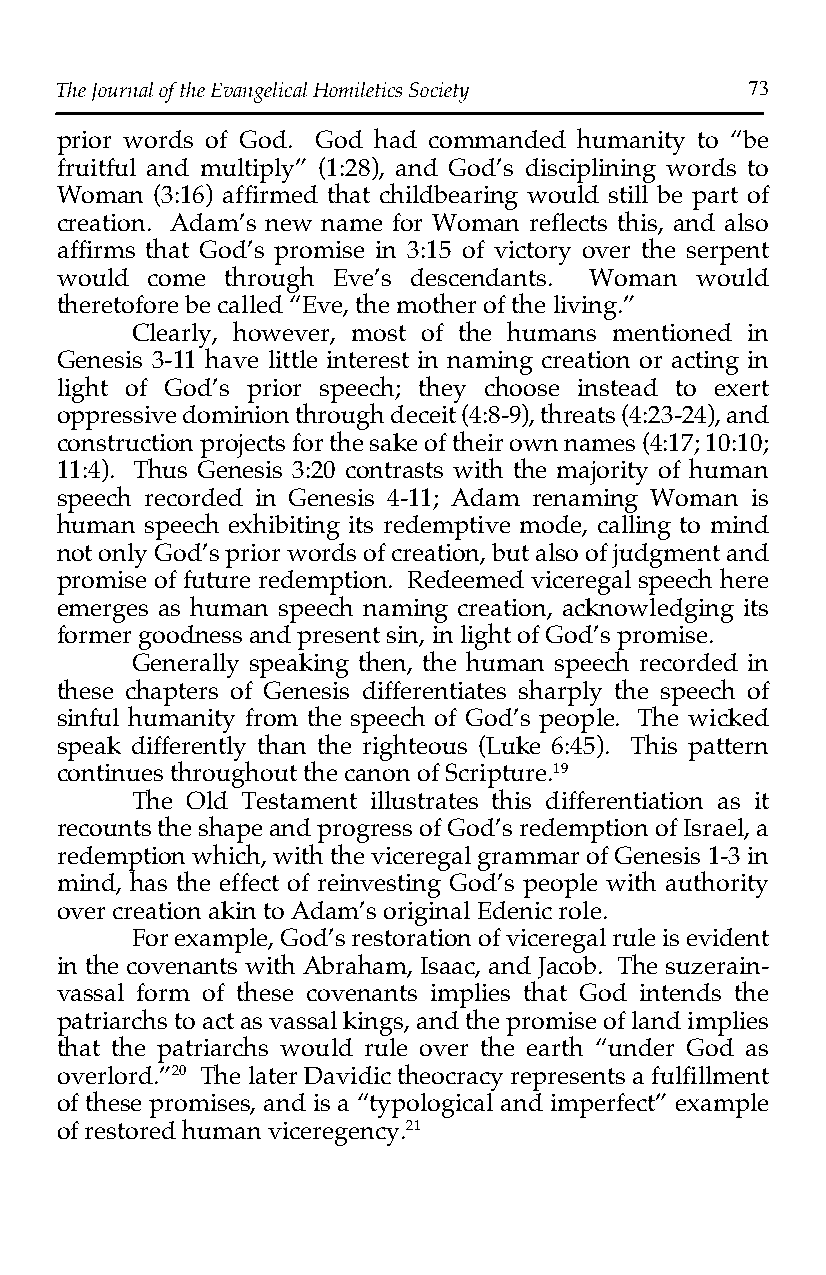
The Journal of the Evangelical Homiletics Society 73
 prior words of God. God had commanded humanity to “be
 fruitful and multiply” (1:28), and God’s disciplining words to
 Woman (3:16) affirmed that childbearing would still be part of
 creation. Adam’s new name for Woman reflects this, and also
 affirms that God’s promise in 3:15 of victory over the serpent
 would come through Eve’s descendants. Woman would
 theretofore be called “Eve, the mother of the living.”
 Clearly, however, most of the humans mentioned in
 Genesis 3-11 have little interest in naming creation or acting in
 light of God’s prior speech; they choose instead to exert
 oppressive dominion through deceit (4:8-9), threats (4:23-24), and
 construction projects for the sake of their own names (4:17; 10:10;
 11:4). Thus Genesis 3:20 contrasts with the majority of human
 speech recorded in Genesis 4-11; Adam renaming Woman is
 human speech exhibiting its redemptive mode, calling to mind
 not only God’s prior words of creation, but also of judgment and
 promise of future redemption. Redeemed viceregal speech here
 emerges as human speech naming creation, acknowledging its
 former goodness and present sin, in light of God’s promise.
 Generally speaking then, the human speech recorded in
 these chapters of Genesis differentiates sharply the speech of
 sinful humanity from the speech of God’s people. The wicked
 speak differently than the righteous (Luke 6:45). This pattern
 continues throughout the canon of Scripture.19
 The Old Testament illustrates this differentiation as it
 recounts the shape and progress of God’s redemption of Israel, a
 redemption which, with the viceregal grammar of Genesis 1-3 in
 mind, has the effect of reinvesting God’s people with authority
 over creation akin to Adam’s original Edenic role.
 For example, God’s restoration of viceregal rule is evident
 in the covenants with Abraham, Isaac, and Jacob. The suzerain-
 vassal form of these covenants implies that God intends the
 patriarchs to act as vassal kings, and the promise of land implies
 that the patriarchs would rule over the earth “under God as
 overlord.”20 The later Davidic theocracy represents a fulfillment
 of these promises, and is a “typological and imperfect” example
 of restored human viceregency.21